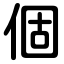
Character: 個